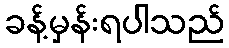
ခန့်မှန်းရပါသည်